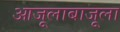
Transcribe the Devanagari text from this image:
आजूलाबाजूला